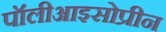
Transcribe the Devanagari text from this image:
पॉलीआइसोप्रीन